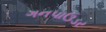
ગનપાઉડર